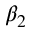
\beta _ { 2 }